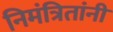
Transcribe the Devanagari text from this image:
निमंत्रितांनी